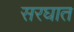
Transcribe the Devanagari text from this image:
सरघात